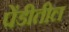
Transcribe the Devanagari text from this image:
पेंडीतील